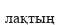
лақтың